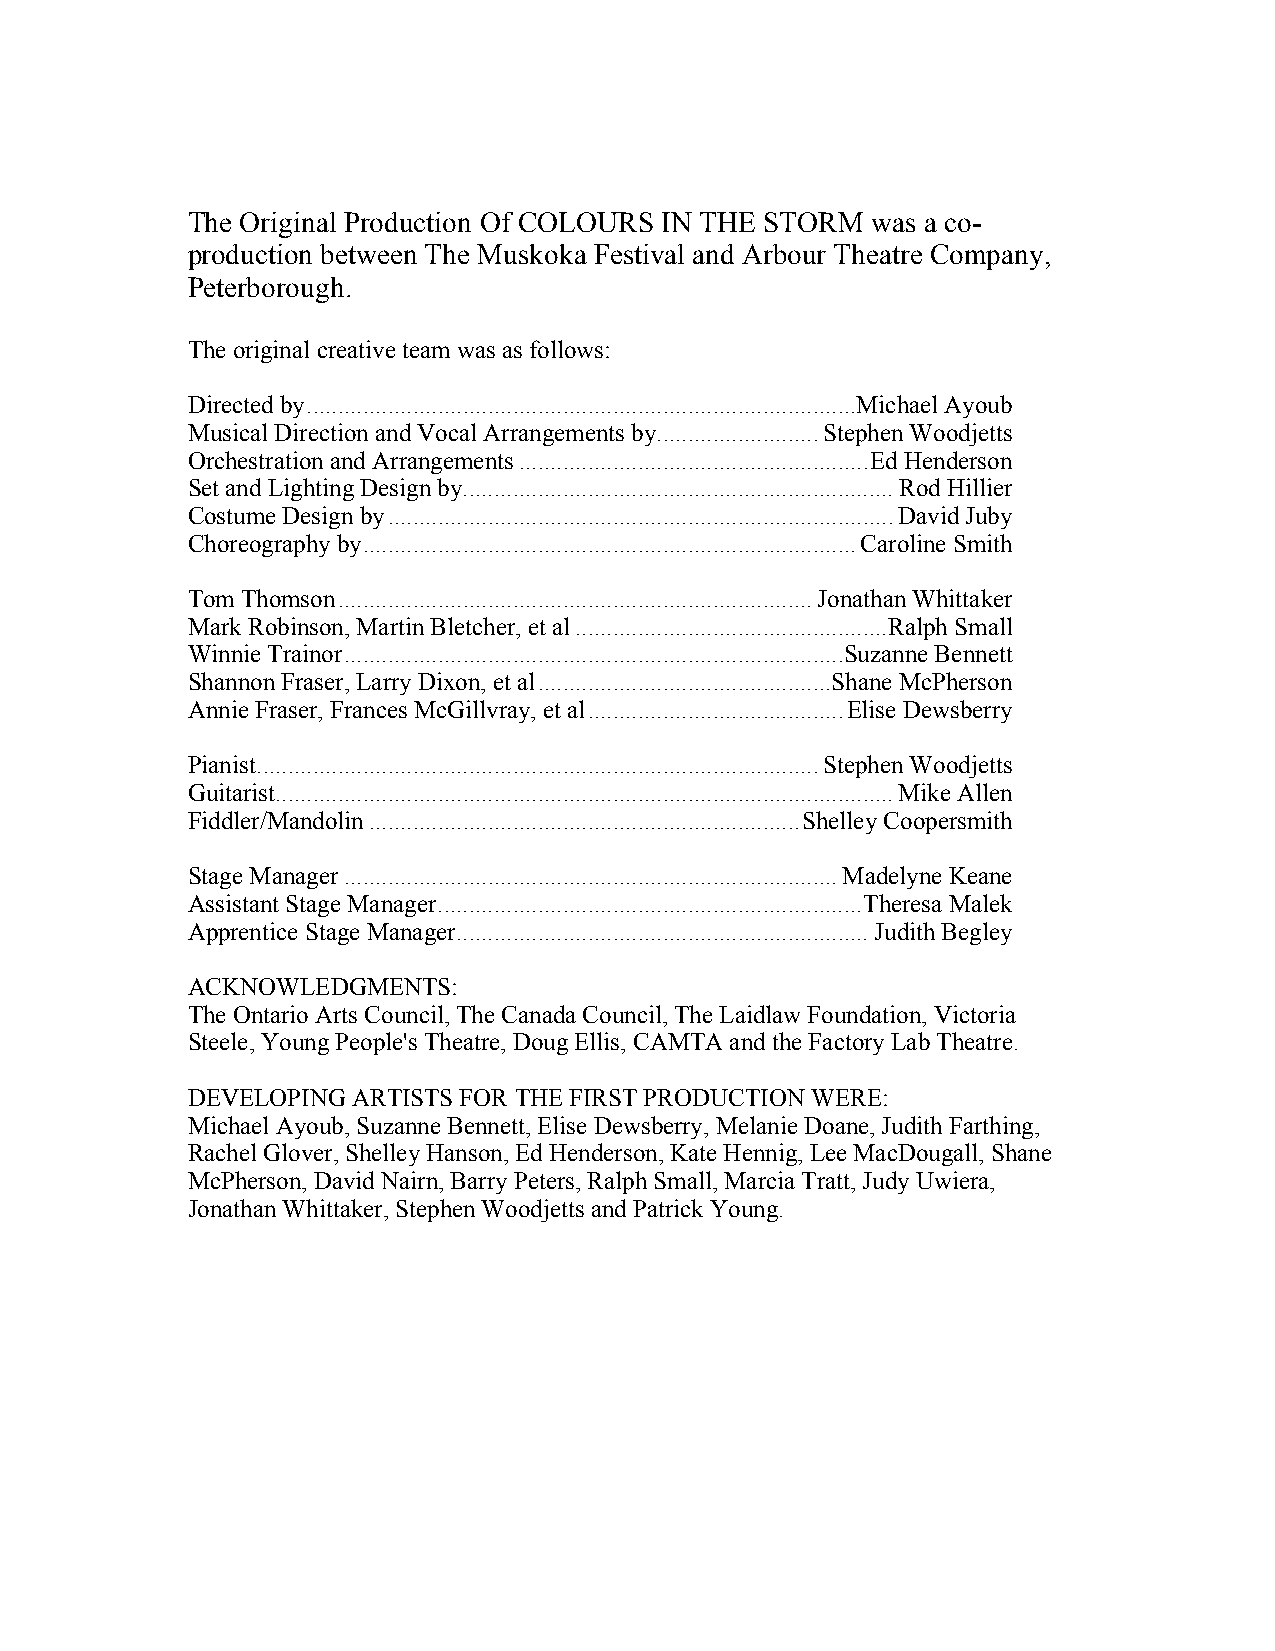
The Original Production Of COLOURS IN THE STORM was a co-
 production between The Muskoka Festival and Arbour Theatre Company,
 Peterborough.
 The original creative team was as follows:
 Directed by ........................................................................................ Michael Ayoub
 Musical Direction and Vocal Arrangements by .......................... Stephen Woodjetts
 Orchestration and Arrangements ........................................................ Ed Henderson
 Set and Lighting Design by ..................................................................... Rod Hillier
 Costume Design by ................................................................................. David Juby
 Choreography by ............................................................................... Caroline Smith
 Tom Thomson ............................................................................ Jonathan Whittaker
 Mark Robinson, Martin Bletcher, et al .................................................. Ralph Small
 Winnie Trainor ................................................................................ Suzanne Bennett
 Shannon Fraser, Larry Dixon, et al ............................................... Shane McPherson
 Annie Fraser, Frances McGillvray, et al ......................................... Elise Dewsberry
 Pianist .......................................................................................... Stephen Woodjetts
 Guitarist ................................................................................................... Mike Allen
 Fiddler/Mandolin ..................................................................... Shelley Coopersmith
 Stage Manager ............................................................................... Madelyne Keane
 Assistant Stage Manager .................................................................... Theresa Malek
 Apprentice Stage Manager .................................................................. Judith Begley
 ACKNOWLEDGMENTS:
 The Ontario Arts Council, The Canada Council, The Laidlaw Foundation, Victoria
 Steele, Young People's Theatre, Doug Ellis, CAMTA and the Factory Lab Theatre.
 DEVELOPING ARTISTS FOR THE FIRST PRODUCTION WERE:
 Michael Ayoub, Suzanne Bennett, Elise Dewsberry, Melanie Doane, Judith Farthing,
 Rachel Glover, Shelley Hanson, Ed Henderson, Kate Hennig, Lee MacDougall, Shane
 McPherson, David Nairn, Barry Peters, Ralph Small, Marcia Tratt, Judy Uwiera,
 Jonathan Whittaker, Stephen Woodjetts and Patrick Young.